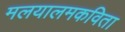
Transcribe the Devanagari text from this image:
मलयालमकविता